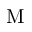
\mathrm { M }